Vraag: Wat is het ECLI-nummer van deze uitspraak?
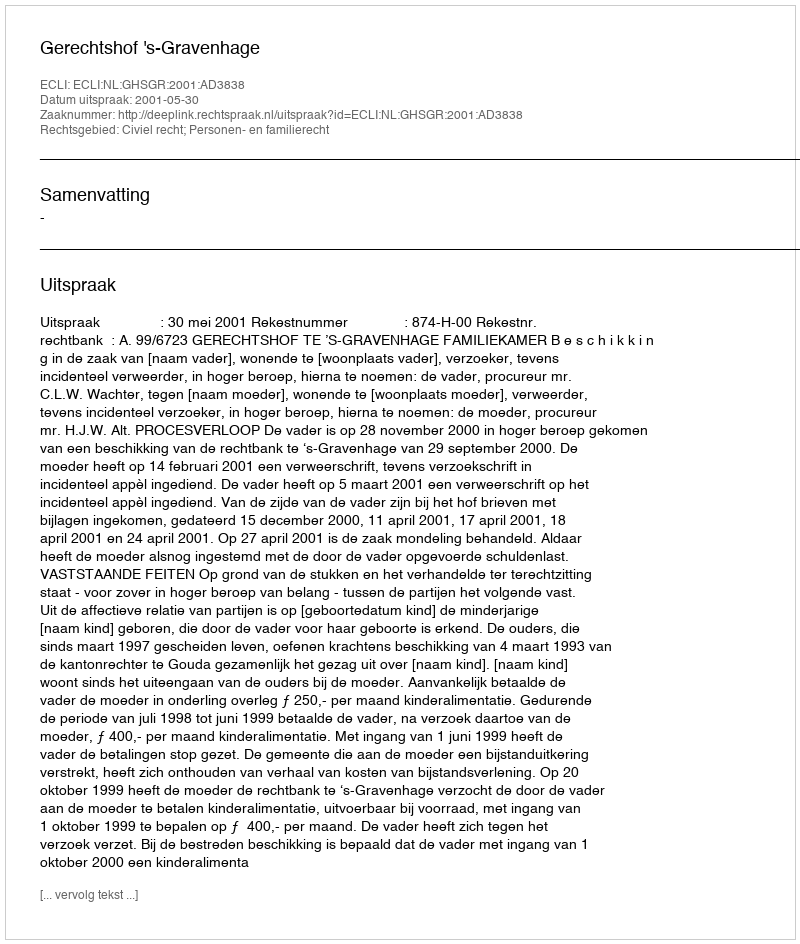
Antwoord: ECLI:NL:GHSGR:2001:AD3838